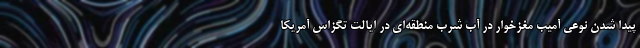
پیدا شدن نوعی آمیب مغزخوار در آب شُرب منطقه‌ای در ایالت تگزاس آمریکا